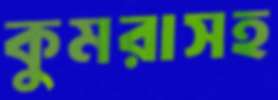
কুমরাসহ